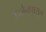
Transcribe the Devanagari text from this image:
उज्जैनपासून